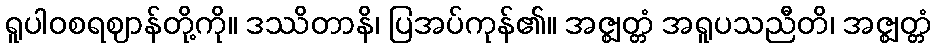
ရူပါဝစရဈာန်တို့ကို။ ဒဿိတာနိ၊ ပြအပ်ကုန်၏။ အဇ္ဈတ္တံ အရူပသညီတိ၊ အဇ္ဈတ္တံ